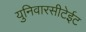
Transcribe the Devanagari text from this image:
युनिवारसीटेईट